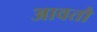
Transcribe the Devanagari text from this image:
आवतौ